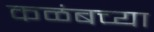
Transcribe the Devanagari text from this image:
कळंबच्या